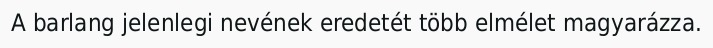
A barlang jelenlegi nevének eredetét több elmélet magyarázza.